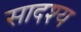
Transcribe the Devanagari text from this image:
सादश्य